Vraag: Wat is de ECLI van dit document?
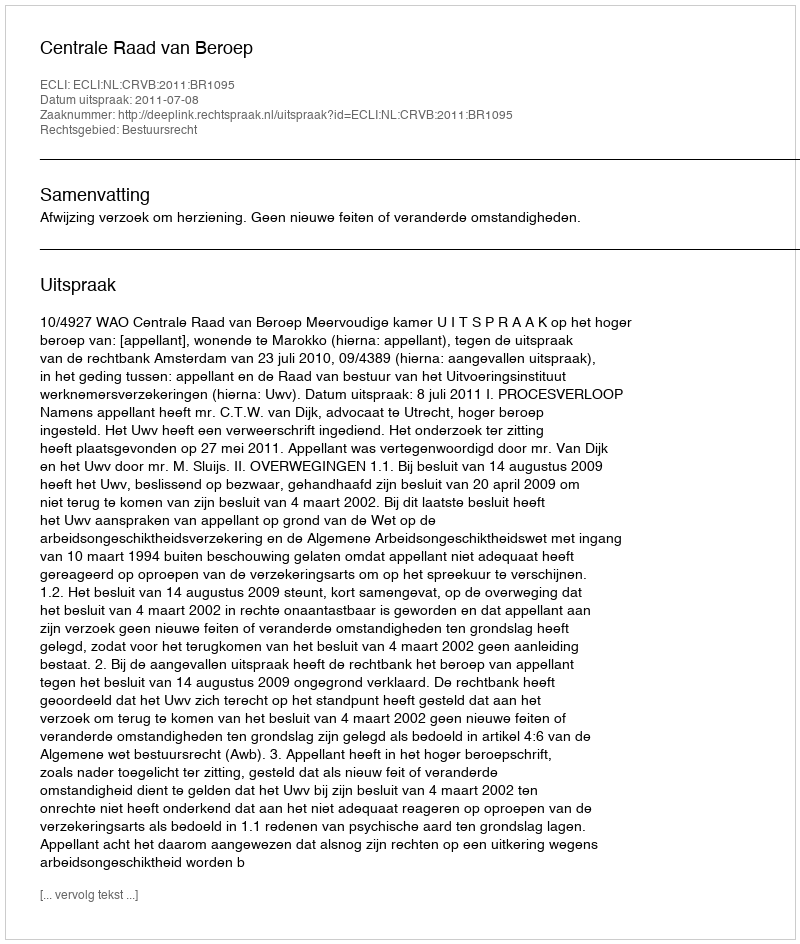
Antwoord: ECLI:NL:CRVB:2011:BR1095